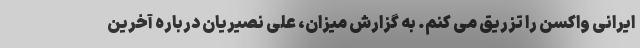
ایرانی واکسن را تزریق می کنم. به گزارش میزان، علی نصیریان درباره آخرین